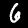
Digit: 6